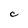
Character: C